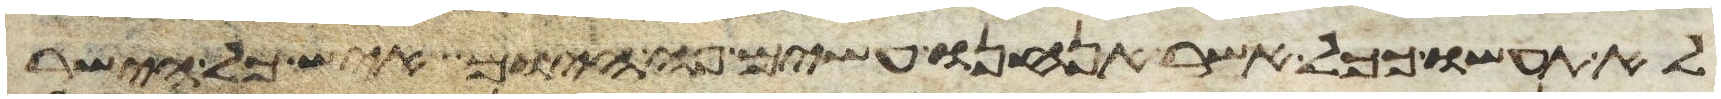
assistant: לא תעשו ככל אשר אנחנו עשים פה היום איש כל הישר